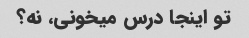
تو اینجا درس میخونی، نه؟